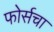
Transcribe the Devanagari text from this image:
फोर्सचा